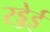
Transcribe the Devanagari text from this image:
रड्डेई